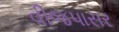
વીજપાસર